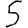
Digit: 5